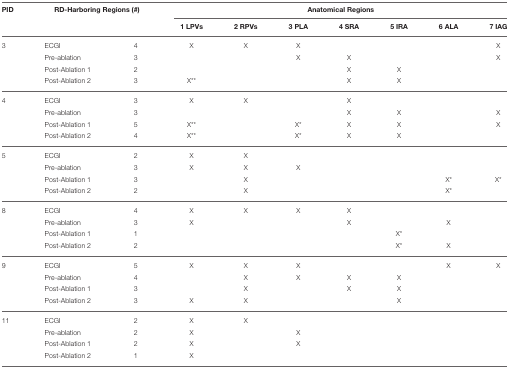
<table><thead><tr><td><b>PID</b></td><td colspan="2"><b>RD-Harboring Regions (#)</b></td><td colspan="7"><b>Anatomical Regions</b></td></tr><tr><td></td><td></td><td></td><td><b>1 LPVs</b></td><td><b>2 RPVs</b></td><td><b>3 PLA</b></td><td><b>4 SRA</b></td><td><b>5 IRA</b></td><td><b>6 ALA</b></td><td><b>7 IAG</b></td></tr></thead><tbody><tr><td>3</td><td>ECGI</td><td>4</td><td>X</td><td>X</td><td>X</td><td></td><td></td><td></td><td>X</td></tr><tr><td></td><td>Pre-ablation</td><td>3</td><td></td><td></td><td>X</td><td>X</td><td></td><td></td><td>X</td></tr><tr><td></td><td>Post-Ablation 1</td><td>2</td><td></td><td></td><td></td><td>X</td><td>X</td><td></td><td></td></tr><tr><td></td><td>Post-Ablation 2</td><td>3</td><td>X<sup>**</sup></td><td></td><td></td><td>X</td><td>X</td><td></td><td></td></tr><tr><td>4</td><td>ECGI</td><td>3</td><td>X</td><td>X</td><td></td><td>X</td><td></td><td></td><td></td></tr><tr><td></td><td>Pre-ablation</td><td>3</td><td></td><td></td><td></td><td>X</td><td>X</td><td></td><td>X</td></tr><tr><td></td><td>Post-Ablation 1</td><td>5</td><td>X<sup>**</sup></td><td></td><td>X<sup>*</sup></td><td>X</td><td>X</td><td></td><td>X</td></tr><tr><td></td><td>Post-Ablation 2</td><td>4</td><td>X<sup>**</sup></td><td></td><td>X<sup>*</sup></td><td>X</td><td>X</td><td></td><td></td></tr><tr><td>5</td><td>ECGI</td><td>2</td><td>X</td><td>X</td><td></td><td></td><td></td><td></td><td></td></tr><tr><td></td><td>Pre-ablation</td><td>3</td><td>X</td><td>X</td><td>X</td><td></td><td></td><td></td><td></td></tr><tr><td></td><td>Post-Ablation 1</td><td>3</td><td></td><td>X</td><td></td><td></td><td></td><td>X<sup>*</sup></td><td>X<sup>*</sup></td></tr><tr><td></td><td>Post-Ablation 2</td><td>2</td><td></td><td>X</td><td></td><td></td><td></td><td>X<sup>*</sup></td><td></td></tr><tr><td>8</td><td>ECGI</td><td>4</td><td>X</td><td>X</td><td>X</td><td>X</td><td></td><td></td><td></td></tr><tr><td></td><td>Pre-ablation</td><td>3</td><td>X</td><td></td><td></td><td>X</td><td></td><td>X</td><td></td></tr><tr><td></td><td>Post-Ablation 1</td><td>1</td><td></td><td></td><td></td><td></td><td>X<sup>*</sup></td><td></td><td></td></tr><tr><td></td><td>Post-Ablation 2</td><td>2</td><td></td><td></td><td></td><td></td><td>X<sup>*</sup></td><td>X</td><td></td></tr><tr><td>9</td><td>ECGI</td><td>5</td><td>X</td><td>X</td><td>X</td><td></td><td></td><td>X</td><td>X</td></tr><tr><td></td><td>Pre-ablation</td><td>4</td><td></td><td>X</td><td>X</td><td>X</td><td>X</td><td></td><td></td></tr><tr><td></td><td>Post-Ablation 1</td><td>3</td><td></td><td>X</td><td></td><td>X</td><td>X</td><td></td><td></td></tr><tr><td></td><td>Post-Ablation 2</td><td>3</td><td>X</td><td>X</td><td></td><td></td><td>X</td><td></td><td></td></tr><tr><td>11</td><td>ECGI</td><td>2</td><td>X</td><td>X</td><td></td><td></td><td></td><td></td><td></td></tr><tr><td></td><td>Pre-ablation</td><td>2</td><td>X</td><td></td><td>X</td><td></td><td></td><td></td><td></td></tr><tr><td></td><td>Post-Ablation 1</td><td>2</td><td>X</td><td></td><td>X</td><td></td><td></td><td></td><td></td></tr><tr><td></td><td>Post-Ablation 2</td><td>1</td><td>X</td><td></td><td></td><td></td><td></td><td></td><td></td></tr></tbody></table>